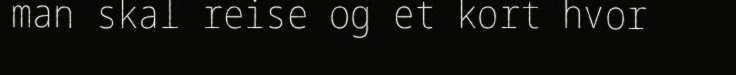
man skal reise og et kort hvor